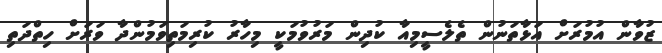
ޒުވާން އުމުރަށް އަޅާތަނުން ތެލެސީމިއާ ކުދިން މަރުވުމަކީ މިހާރު ކުރިމަތިވަމުންދާ ވަރަށް ހިތްދަތި